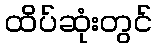
ထိပ်ဆုံးတွင်